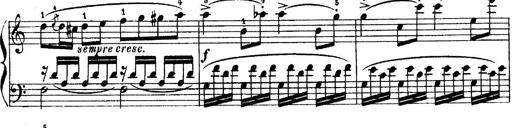
Title: 6 Piano Sonatinas
Composer: Cornelius Gurlitt